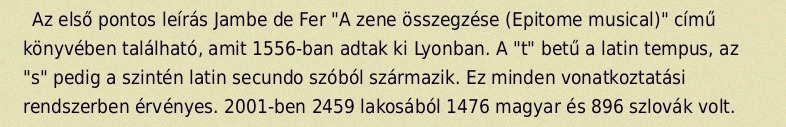
Az első pontos leírás Jambe de Fer "A zene összegzése (Epitome musical)" című könyvében található, amit 1556-ban adtak ki Lyonban. A "t" betű a latin tempus, az "s" pedig a szintén latin secundo szóból származik. Ez minden vonatkoztatási rendszerben érvényes. 2001-ben 2459 lakosából 1476 magyar és 896 szlovák volt.